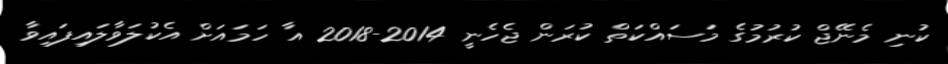
ކުނި މެނޭޖް ކުރުމުގެ މަސައްކަތް ކުރަން ޖެހެނީ 2014-2018 އާ ހަމައަށް އެކުލަވާލައިފައިވާ